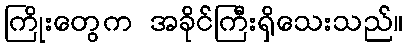
ကြိုးတွေက အခိုင်ကြီးရှိသေးသည်။